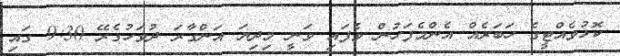
ކޮޅުވެއްޓީގެ ހަބަރެއް އެންމެފަހުން ވެފައި ވަނީ މިދިޔަ އަންގާރަ ދުވަހުގެރޭ 9:30 ގައި